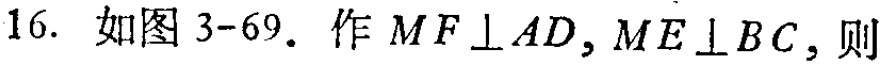
16. 如图3-69. 作 \(MF\perp AD,ME\perp BC\)，则